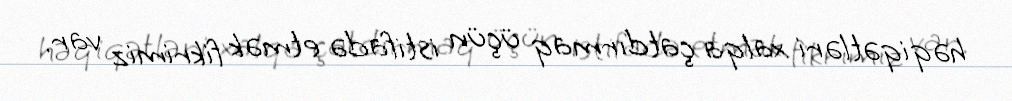
həqiqətləri xalqa çatdırmaq üçün istifadə etmək fikrimiz var.